Indian journal of veterinary science and animal husbandry - Volume 2,
Year: 1932
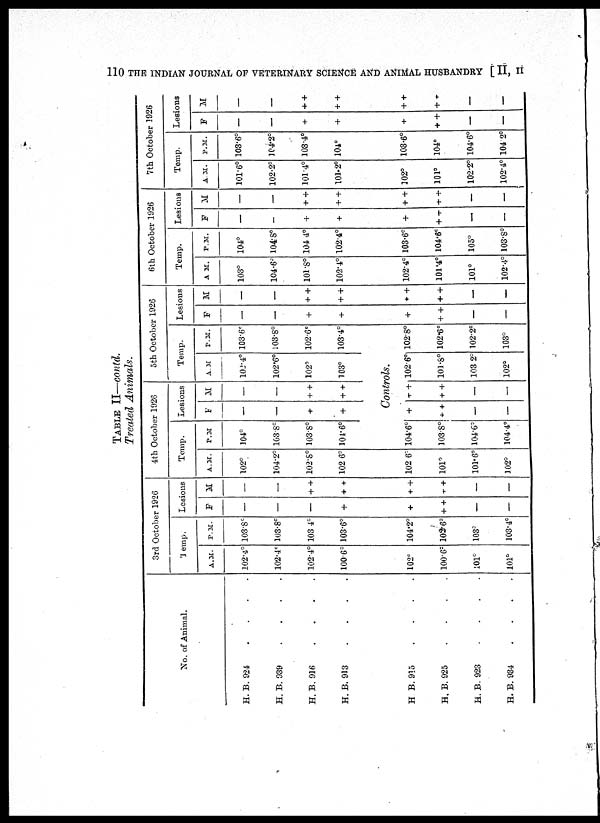
110 THE INDIAN JOURNAL OF VETERINARY SCIENCE AND ANIMAL HUSBANDRY [ II, II
TABLE II—contd.
Treated Animals.
No. of Animal.
H.B. 924 . . . .
H. B.
939
.
.
.
.
H. B. 916 . . . .
H. B. 913 . . . .
H. B.915
.
.
.
.
H. B. 925 . . . .
H.B. 923 . . . .
H. B. 934 . . . .
3rd October 1926
Temp.
A.M.
102.4°
102.4°
102.4°
100.6°
102°
100.6°
101°
101°
P.M.
103.8°
103.8°
103.4°
103.6°
104.2°
102.6°
103°
103.4°
Legions
F
—
—
—
+
+
+ +
—
—
M
—
—
+ +
+ +
+ +
+ +
—
—
4th October 1926
Temp.
A.M.
102°
104.2°
102.8°
102.6°
102.6°
101°
101.6°
102°
P.M.
104°
103.8°
103.8°
104.6°
Lesions
F
—
—
+
+
M
—
—
+ +
+ +
5th October 1926
Temp.
A.M.
102.4°
102.6°
102°
103°
P.M.
103.6°
103.8°
102.6°
103.4°
Controls.
104.6°
103.8°
104.6°
104.4°
+
+ +
—
—
+ +
+ +
—
—
102.6°
101.8°
103.2°
102°
102.8°
102.6°
102.2°
103°
Lesions
F
—
—
+
+
+
+ +
—
—
M
—
—
+ +
+ +
+ +
+ +
—
—
6th October 1926
Temp.
A. M.
103°
104.6°
101.8°
102.4°
102.4°
101.4°
101°
102.4°
P.M.
104°
104.8°
104 4°
1024°
103.6°
104.6°
105°
103.8°
Lesions
F
—
—
+
+
+
+ +
—
—
M
—
—
+ +
+ +
+ +
+ +
—
7th October 1926
Temp.
A.M.
101.6°
102.2°
101.4°
101.2°
102°
101°
102.2°
102.4°
P.M.
103.6°
104.2°
103.4°
104°
103.6°
104°
104.6°
104.2°
Lesions
F
—
—
+
+
+
+ +
—
—
M
—
—
++
+ +
+ +
+ +
—
—